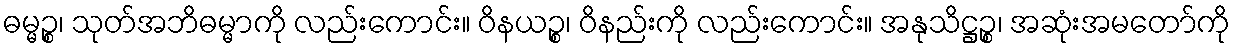
ဓမ္မဉ္စ၊ သုတ်အဘိဓမ္မာကို လည်းကောင်း။ ဝိနယဉ္စ၊ ဝိနည်းကို လည်းကောင်း။ အနုသိဋ္ဌဉ္စ၊ အဆုံးအမတော်ကို